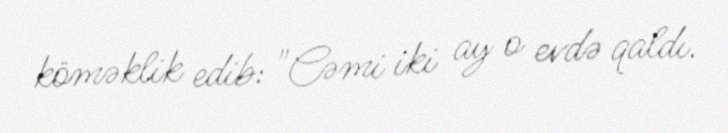
köməklik edib: "Cəmi iki ay o evdə qaldı.